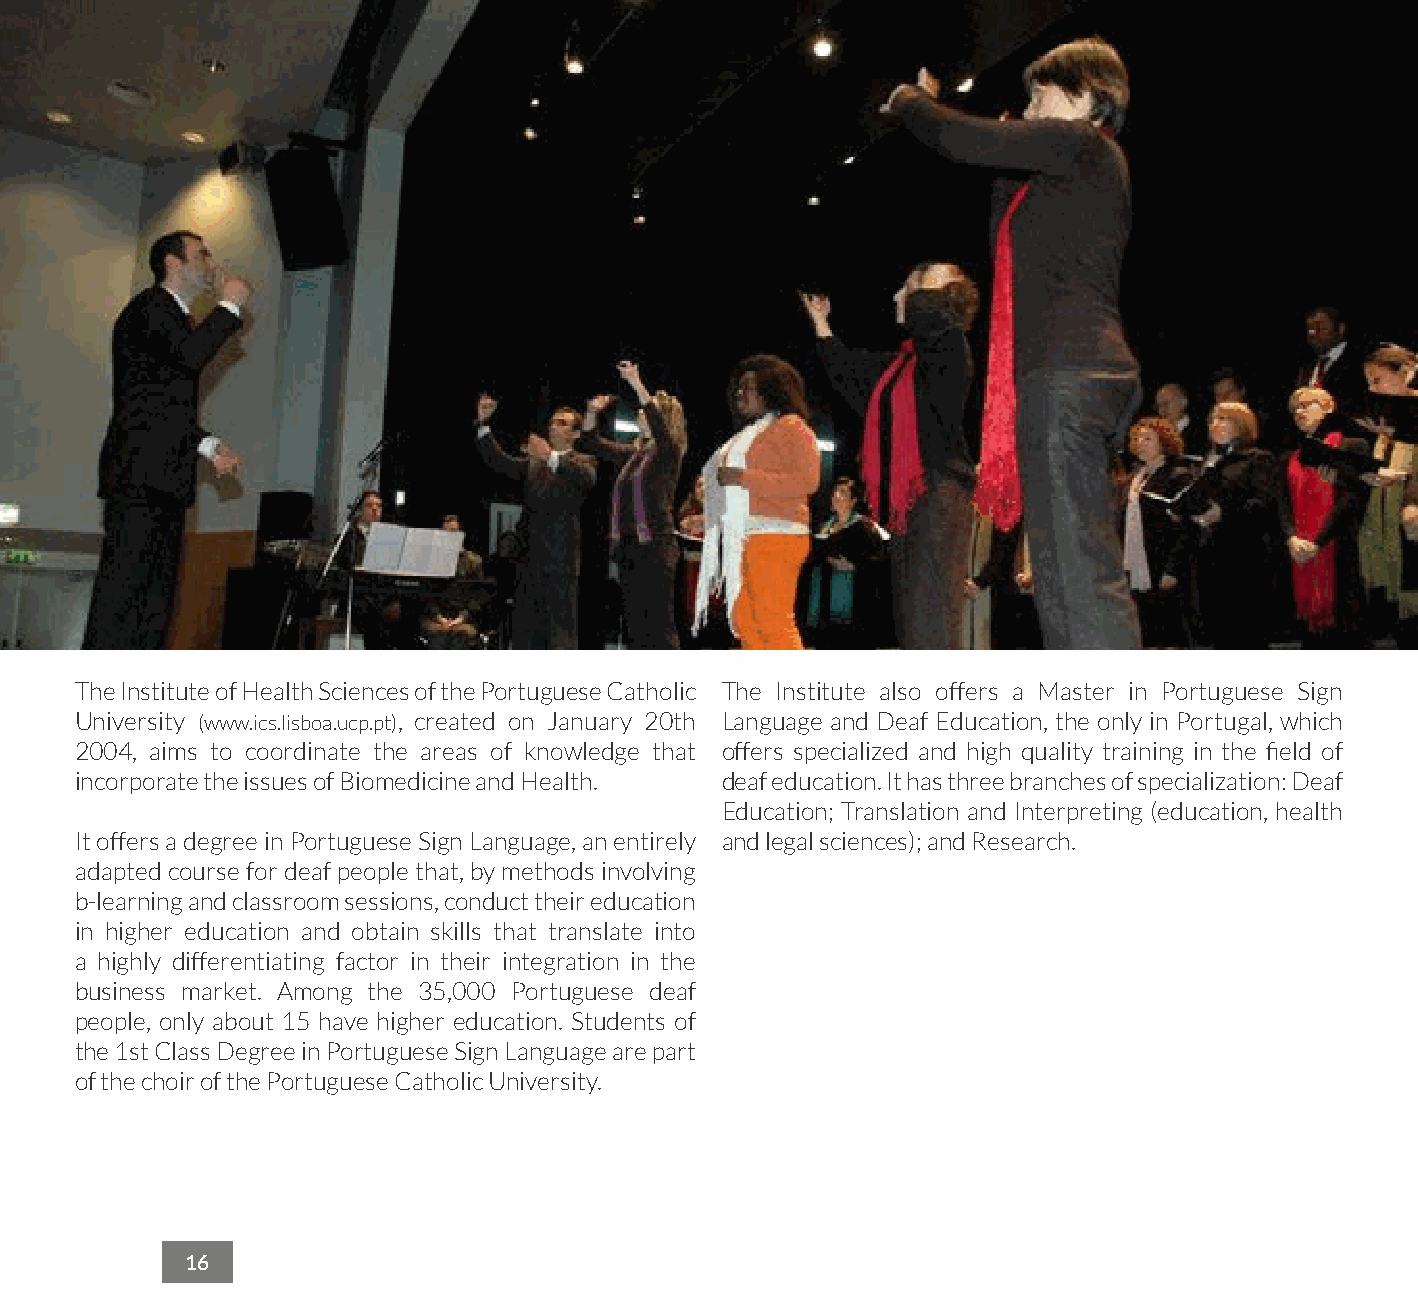
The Institute of Health Sciences of the Portuguese Catholic The Institute also offers a Master in Portuguese Sign
 University (www.ics.lisboa.ucp.pt), created on January 20th Language and Deaf Education, the only in Portugal, which
 2004, aims to coordinate the areas of knowledge that offers specialized and high quality training in the field of
 incorporate the issues of Biomedicine and Health. deaf education. It has three branches of specialization: Deaf
 Education; Translation and Interpreting (education, health
 It offers a degree in Portuguese Sign Language, an entirely and legal sciences); and Research.
 adapted course for deaf people that, by methods involving
 b-learning and classroom sessions, conduct their education
 in higher education and obtain skills that translate into
 a highly differentiating factor in their integration in the
 business market. Among the 35,000 Portuguese deaf
 people, only about 15 have higher education. Students of
 the 1st Class Degree in Portuguese Sign Language are part
 of the choir of the Portuguese Catholic University.
 16